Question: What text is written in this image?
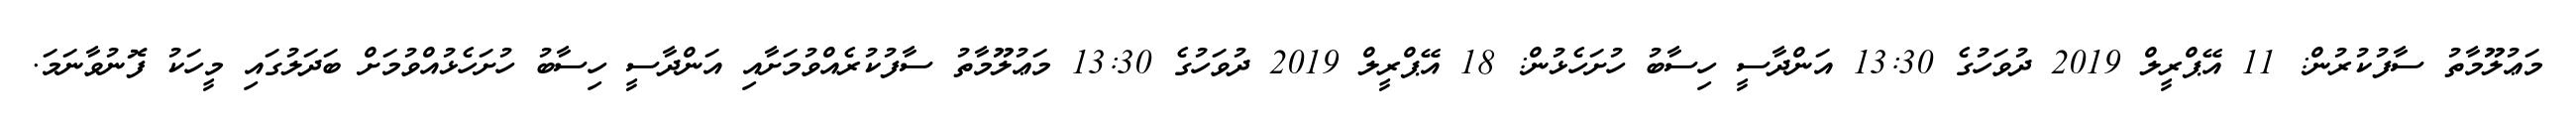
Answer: މަޢުލޫމާތު ސާފުކުރުން: 11 އޭޕްރީލް 2019 ދުވަހުގެ 13:30 އަންދާސީ ހިސާބު ހުށަހެޅުން: 18 އޭޕްރީލް 2019 ދުވަހުގެ 13:30 މަޢުލޫމާތު ސާފުކުރެއްވުމަށާއި އަންދާސީ ހިސާބު ހުށަހެޅުއްވުމަށް ބަދަލުގައި މީހަކު ފޮނުވާނަމަ.